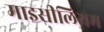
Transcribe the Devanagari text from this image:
माइसीलियम